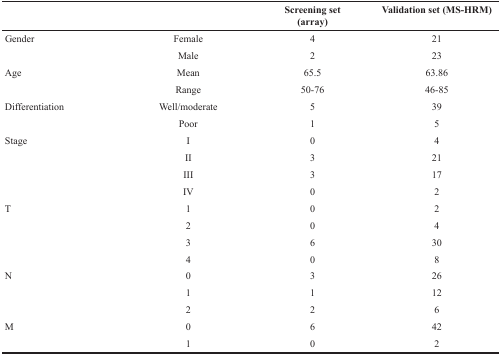
|  |  | Screening set(array) | Validation set (MS-HRM) |
 | --- | --- | --- | --- |
 | Gender | Female | 4 | 21 |
 |  | Male | 2 | 23 |
 | Age | Mean | 65.5 | 63.86 |
 |  | Range | 50-76 | 46-85 |
 | Differentiation | Well/moderate | 5 | 39 |
 |  | Poor | 1 | 5 |
 | Stage | I | 0 | 4 |
 |  | II | 3 | 21 |
 |  | III | 3 | 17 |
 |  | IV | 0 | 2 |
 | T | 1 | 0 | 2 |
 |  | 2 | 0 | 4 |
 |  | 3 | 6 | 30 |
 |  | 4 | 0 | 8 |
 | N | 0 | 3 | 26 |
 |  | 1 | 1 | 12 |
 |  | 2 | 2 | 6 |
 | M | 0 | 6 | 42 |
 |  | 1 | 0 | 2 |